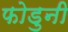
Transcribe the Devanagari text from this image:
फोडुनी